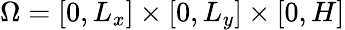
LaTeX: \Omega=[0,L_{x}]\times[0,L_{y}]\times[0,H]